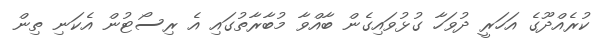
ކުރެއްދޫގެ އަހަރީ ދުވަހާ ގުޅުވައިގެން ބާއްވާ މުބާރާތުގައި އެ ރިސޯޓުން އެކަނި ތިން